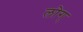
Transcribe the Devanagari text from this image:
लोग्